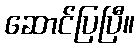
ဆောင်ပြပြီ။